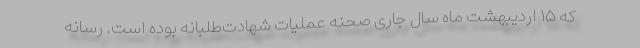
که ۱۵ اردیبهشت ماه سال جاری صحنه عملیات شهادت‌طلبانه بوده است. رسانه